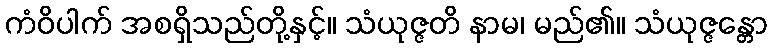
ကံဝိပါက် အစရှိသည်တို့နှင့်။ သံယုဇ္ဇတိ နာမ၊ မည်၏။ သံယုဇ္ဇန္တော